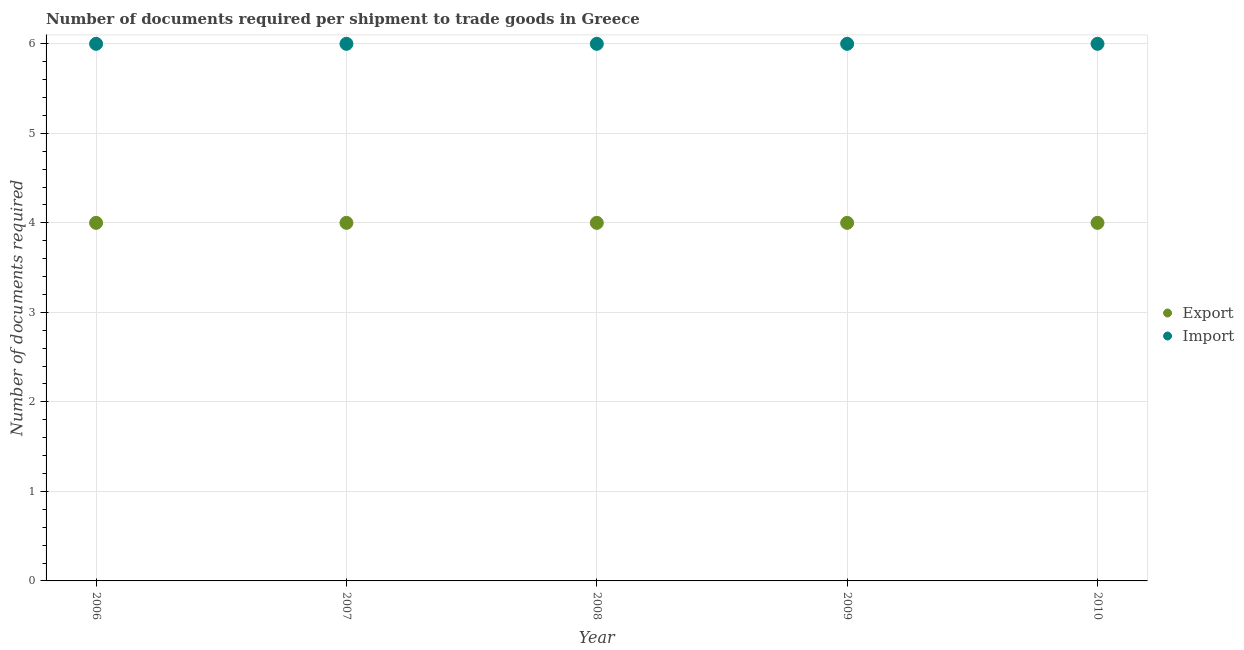
| Year | Export | Import |
 | --- | --- | --- |
 | 2006 | 4 | 6 |
 | 2007 | 4 | 6 |
 | 2008 | 4 | 6 |
 | 2009 | 4 | 6 |
 | 2010 | 4 | 6 |